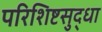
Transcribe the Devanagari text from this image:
परिशिष्टसुद्धा